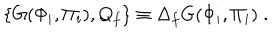
\{ G ( \Phi _ { i } , \Pi _ { i } ) , Q _ { f } \} \equiv \Delta _ { f } G ( \Phi _ { i } , \Pi _ { i } ) \; .